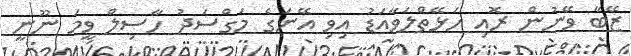
ޒޭބާ ވޭނުން ރޮއި ހަޅޭތްލަވާއަޑު އިވި އޭނަގެ މަގްސަދު ހާސިލް ވީމަ ނޫނީ